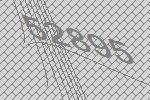
52895